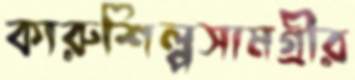
কারুশিল্পসামগ্রীর